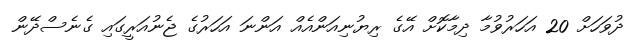
ދުވަހަށް 20 އަހަރުވުމާ ދިމާކޮށް އޭގެ ރިޔުނިއަންއެއް އަންނަ އަހަރުގެ ޖެނުއަރީގައި ގެނެސްދޭން